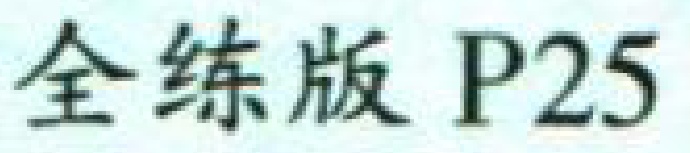
全练版 P25